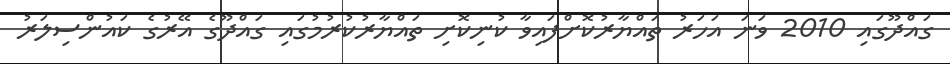
ގައްދޫގައި 2010 ވަނަ އަހަރު ތައްޔާރުކޮށްފައިވާ ކުނިކޮށި ތައްޔާރުކުރުމުގައި ގައްދޫގެ އޭރުގެ ކައުންސިލަރު